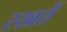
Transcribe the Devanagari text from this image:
रखतेें